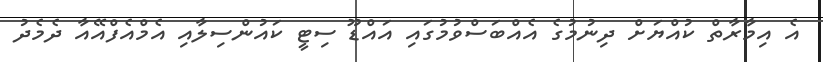
އެ އިމާރާތް ކުއްޔަށް ދިނުމުގެ އެއްބަސްވުމުގައި އައްޑޫ ސިޓީ ކައުންސިލާއި އެމްއެފްއޭއާ ދެމެދު